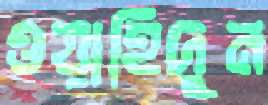
ওয়াহিদুন